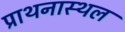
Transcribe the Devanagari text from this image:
प्राथनास्थल